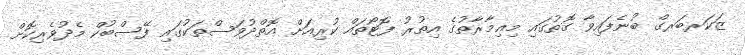
ޒަކަރބަރގް ބުނެފައިވާ ގޮތުގައި މިޢިމާރާތުގެ އިތުރު ފޮޓޯތައް ކުރިއަށް އޮތްދުވަސްތަކުގައި ފޭސްބުކް މެދުވެރިކޮށް